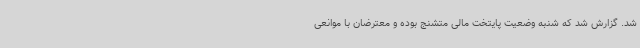
شد. گزارش شد که شنبه وضعیت پایتخت مالی متشنج بوده و معترضان با موانعی